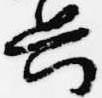
興